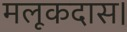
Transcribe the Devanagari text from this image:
मलूकदास।